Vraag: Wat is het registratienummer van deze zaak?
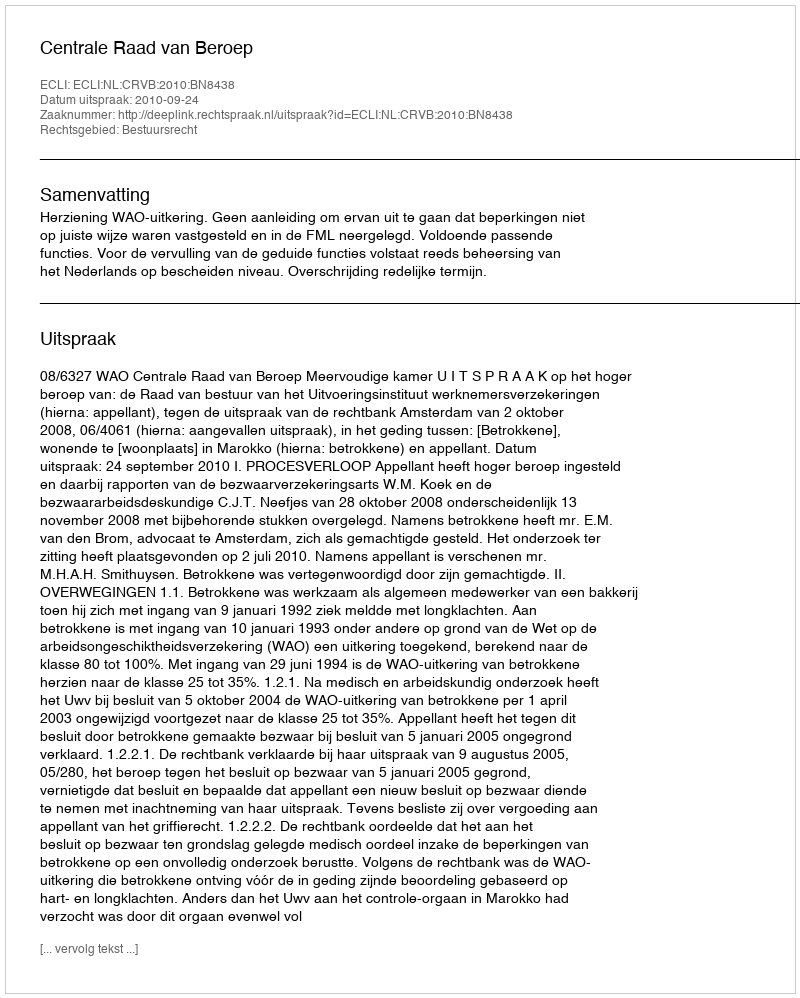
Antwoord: http://deeplink.rechtspraak.nl/uitspraak?id=ECLI:NL:CRVB:2010:BN8438